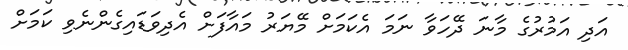
އަދި އަމުރުގެ މާނަ ދޭހަވާ ނަމަ އެކަމަށް މޭޔަރު މައާފަށް އެދިވަޑައިގެންނެވި ކަމަށް